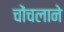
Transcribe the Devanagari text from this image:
चोंचलाने